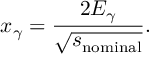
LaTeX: x _ { \gamma } = \frac { 2 E _ { \gamma } } { \sqrt { s _ { \mathrm { n o m i n a l } } } } .